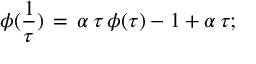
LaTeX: \phi ( \frac { 1 } { \tau } ) \, = \, \alpha \, \tau \, \phi ( \tau ) - 1 + \alpha \, \tau ;